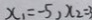
x _ { 1 } = - 5 , x _ { 2 } =